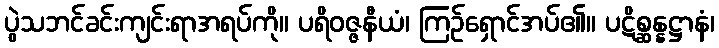
ပွဲသဘင်ခင်းကျင်းရာအရပ်ကို။ ပရိဝဇ္ဇနီယံ၊ ကြဉ်ရှောင်အပ်၏။ ပဋိစ္ဆန္နဋ္ဌာနံ၊